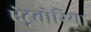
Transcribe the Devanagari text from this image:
ऐटूबोरिया